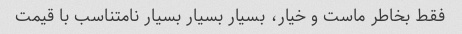
فقط بخاطر ماست و خیار، بسیار بسیار بسیار نامتناسب با قیمت